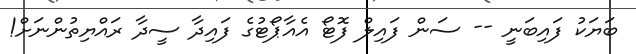
ބަޔަކު ފައިބަނީ -- ސަން ފައިލް ފޮޓޯ އެއާޕޯޓުގެ ފައިދާ ސީދާ ރައްޔިތުންނަށް!